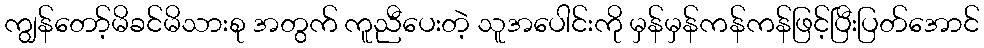
ကျွန်တော့်မိခင်မိသားစု အတွက် ကူညီပေးတဲ့ သူအပေါင်းကို မှန်မှန်ကန်ကန်ဖြင့်ပြီးပြတ်အောင်